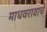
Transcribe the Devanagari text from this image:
माधवरावाचें